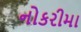
નોકરીમા